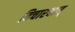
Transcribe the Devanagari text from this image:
विचारवान्